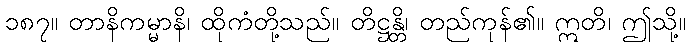
၁၈၇။ တာနိကမ္မာနိ၊ ထိုကံတို့သည်။ တိဋ္ဌန္တိ၊ တည်ကုန်၏။ ဣတိ၊ ဤသို့။